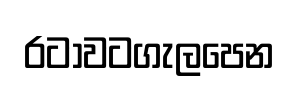
රටාවටගැලපෙන